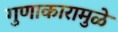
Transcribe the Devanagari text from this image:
गुणाकारामुळे